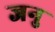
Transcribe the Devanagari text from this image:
जनु